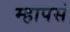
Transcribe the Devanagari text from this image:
म्हापसे